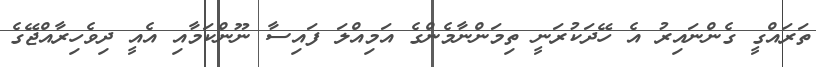
ތަރައްގީ ގެންނައިރު އެ ހޭދަކުރަނީ ތިމަންނާމެންގެ އަމިއްލަ ފައިސާ ނޫންކަމާއި އެއީ ދިވެހިރާއްޖޭގެ